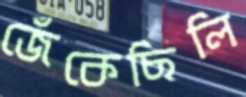
জেঁকেছিলি